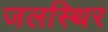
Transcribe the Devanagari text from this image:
जलस्थिर